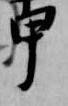
甲